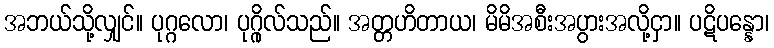
အဘယ်သို့လျှင်။ ပုဂ္ဂလော၊ ပုဂ္ဂိုလ်သည်။ အတ္တဟိတာယ၊ မိမိအစီးအပွားအလို့ငှာ။ ပဋိပန္နော၊